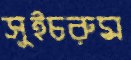
সুইচরুম